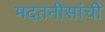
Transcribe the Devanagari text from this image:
मदतनीसांची